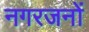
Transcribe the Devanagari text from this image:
नगरजनों